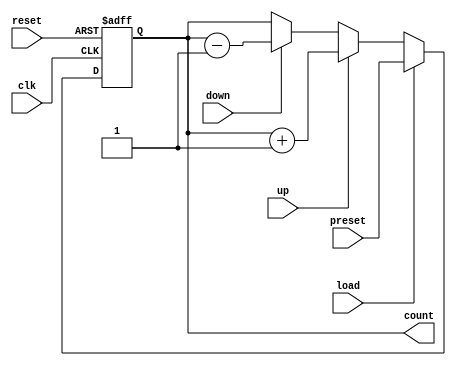
module async_counter #(
    parameter WIDTH = 4 // Define the bit width of the counter
)(
    input wire clk,          // Clock input
    input wire reset,        // Asynchronous reset input
    input wire load,         // Load signal to preset the counter
    input wire [WIDTH-1:0] preset, // Value to load into the counter
    input wire up,           // Control signal for up counting
    input wire down,         // Control signal for down counting
    output reg [WIDTH-1:0] count // Current count output
);

    // Always block for the counter's behavior
    always @(posedge clk or posedge reset) begin
        if (reset) begin
            // Asynchronous reset to zero
            count <= 0;
        end else if (load) begin
            // Load the preset value into the counter
            count <= preset;
        end else begin
            // Counting logic
            if (up) begin
                // Increment the counter
                count <= count + 1;
            end else if (down) begin
                // Decrement the counter
                count <= count - 1;
            end
        end
    end

endmodule